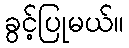
ခွင့်ပြုမယ်။